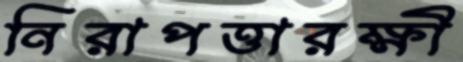
নিরাপত্তারক্ষী